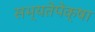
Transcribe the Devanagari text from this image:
सभ्यतेपेक्षा